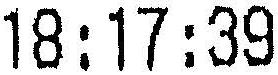
18:17:39